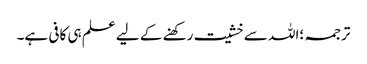
ترجمہ ؛اللہ سے خشیت رکھنے کے لیے علم ہی کافی ہے۔